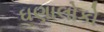
ઘણાલોકો